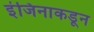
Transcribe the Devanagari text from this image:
इंजिनाकडून